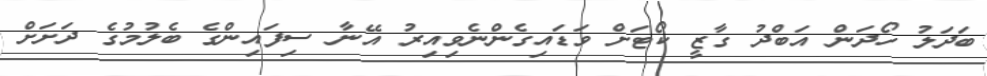
ބަދަލު ހޯދަން އަބްދު ގާޒީ ކޯޓަށް ވަޑައިގެންނެވިއިރު އޭނާ ސިފައިންގެ ބެލުމުގެ ދަށަށް